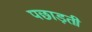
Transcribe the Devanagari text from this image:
पछाड़ती